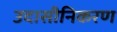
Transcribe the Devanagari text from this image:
उदासीनिकरण